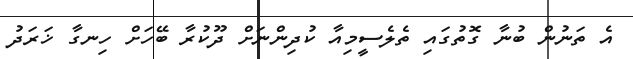
އެ ތަނުން ބުނާ ގޮތުގައި ތެލެސީމިއާ ކުދިންނަށް ދޫކުރާ ބޭހަށް ހިނގާ ޚަރަދު